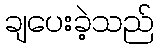
ချပေးခဲ့သည်